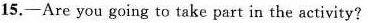
15——Are you going to take part in the sctivity?